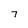
Character: 7